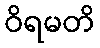
ဝိရမတိ